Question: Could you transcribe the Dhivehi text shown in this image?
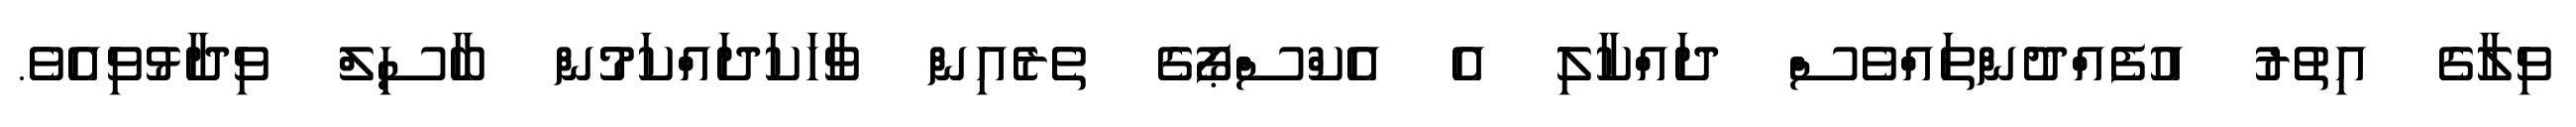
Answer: ވިލާގެ އިތުރު އުފެއްދުންތައްވެސް ދައްކާލި އެ އެކްސްޕޯގެ ތެރެއިން ވާހަކަދައްކަމުން ބާސިލް ވިދާޅުވިއެވެ.